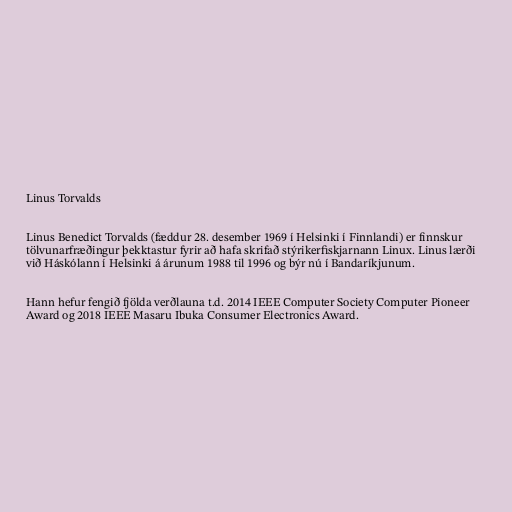
Linus Torvalds

Linus Benedict Torvalds (fæddur 28. desember 1969 í Helsinki í Finnlandi) er finnskur
tölvunarfræðingur þekktastur fyrir að hafa skrifað stýrikerfiskjarnann Linux. Linus lærði
við Háskólann í Helsinki á árunum 1988 til 1996 og býr nú í Bandaríkjunum.

Hann hefur fengið fjölda verðlauna t.d. 2014 IEEE Computer Society Computer Pioneer
Award og 2018 IEEE Masaru Ibuka Consumer Electronics Award.